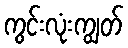
ကွင်းလုံးကျွတ်